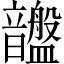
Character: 𥃚